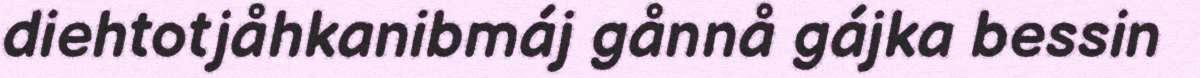
diehtotjåhkanibmáj gånnå gájka bessin